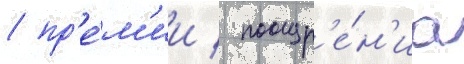
/ пр'е́м'ии / поощр'е́н'иа